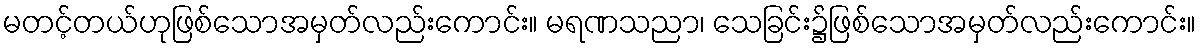
မတင့်တယ်ဟုဖြစ်သောအမှတ်လည်းကောင်း။ မရဏသညာ၊ သေခြင်း၌ဖြစ်သောအမှတ်လည်းကောင်း။